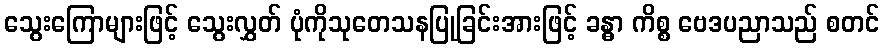
သွေးကြောများဖြင့် သွေးလွှတ် ပုံကိုသုတေသနပြုခြင်းအားဖြင့် ခန္ဓာ ကိစ္စ ဗေဒပညာသည် စတင်